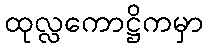
ထုလ္လကောဋ္ဌိကမှာ